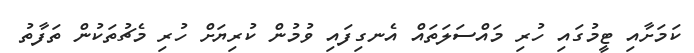
ކަމަށާއި ޓީމުގައި ހުރި މައްސަލަތައް އެނގިފައި ވުމުން ކުރިޔަށް ހުރި މެޗުތަކުން ތަފާތު